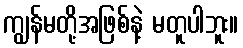
ကျွန်မတို့အဖြစ်နဲ့ မတူပါဘူး။